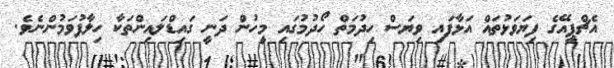
އެޗްޕީއޭގެ ފިޔަވަޅުތައް އަޅާފައި ވިޔަސް ހިދުމަތް ހޯދުމުގައި މީހުން ދަނީ ގައިޑްލައިންތަކާ ހިލާފުވަމުންނެވެ.